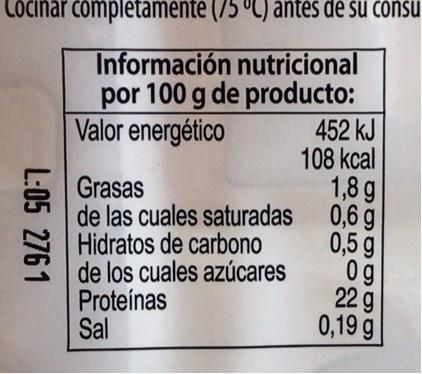
Cocinar completamente (75 ºC) ántėš dé šú čônšú
°C) antes de su cônsu
Información nutricional por 100 g de producto: Valor energético
452 kJ 108 kcal 1,8 g de las cuales saturadas 0,6 g 0,5 g 0g 22 g 0,19 g
Grasas
Hidratos de carbono de los cuales azúcares Proteínas Sal
L:05 2761